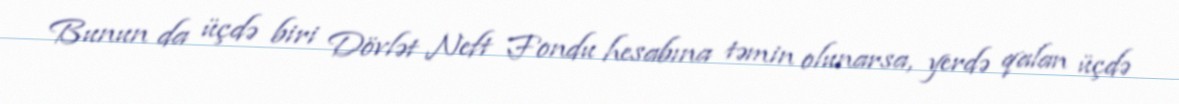
Bunun da üçdə biri Dövlət Neft Fondu hesabına təmin olunarsa, yerdə qalan üçdə